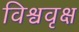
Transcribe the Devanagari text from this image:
विश्ववृक्ष